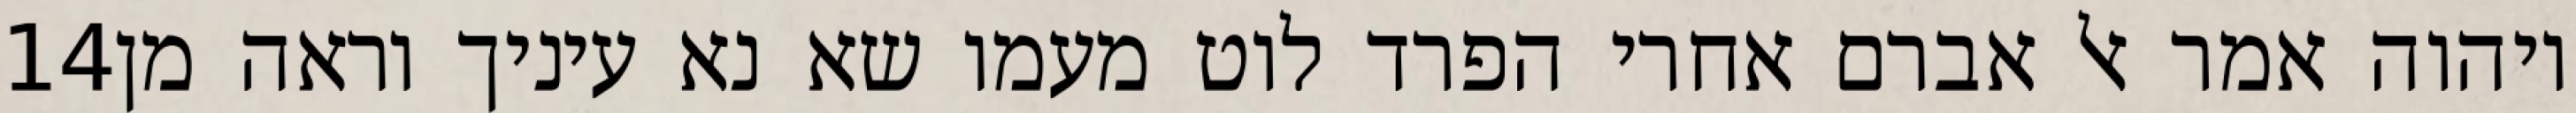
‎14‏ ויהוה אמר אל אברם אחרי הפרד לוט מעמו שא נא עיניך וראה מן